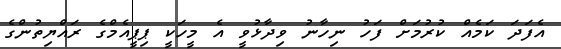
އެފަދަ ކަމެއް ކުރުމަށް ފަހު ނިހާނު ވިދާޅުވީ އެ މީހަކީ ޕިޕީއެމްގެ ރައްޔިތުންގެ